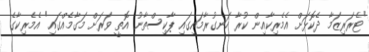
"ޓެރަރިޒަމާ ދެކޮޅަށް އެމެރިކާއިން ކުރާ ހަނގުރާމައިގައި ޕާކިސްތާނު އޮތީ ވަރަށް މަގާމެއްގައި" އެމެރިކާގެ